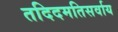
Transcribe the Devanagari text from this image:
तदिदमतिसर्वाय